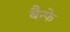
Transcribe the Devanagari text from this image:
बैन्फे